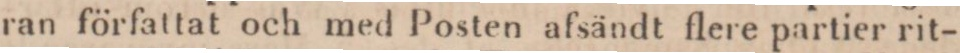
ran författat och med Posten afsändt flere partier rit-